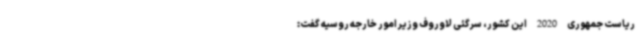
ریاست جمهوری 2020 این کشور، سرگئی لاوروف وزیر امور خارجه روسیه گفت: